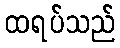
ထရပ်သည်